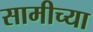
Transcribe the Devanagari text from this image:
सामीच्या